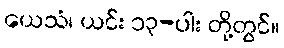
ယေသံ၊ ယင်း ၁၃-ပါး တို့တွင်။